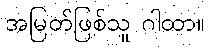
အမြတ်ဖြစ်သူ ဂါထာ။